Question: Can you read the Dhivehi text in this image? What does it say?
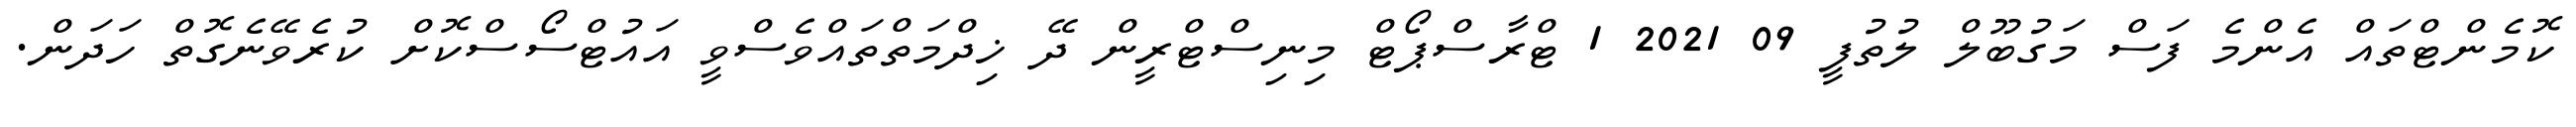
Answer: ކޮމެންޓްތައް އެންމެ ފަސް މަގުބޫލް ލުތުފީ 09 2021 1 ޓްރާސްޕޯޓް މިނިސްޓްރީން ދޭ ޚިދްމަތްތައްވެސްވީ އައުޓްސޯސްކޮށް ކުރެވޭނެގޮތް ހަދަން.